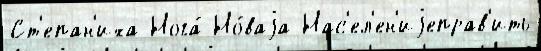
Ст'епан'иха Нога́ Но́ваjа Нас'ел'ен'иjеправ'ить